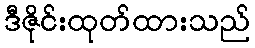
ဒီဇိုင်းထုတ်ထားသည်